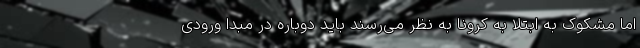
اما مشکوک به ابتلا به کرونا به نظر می‌رسند باید دوباره در مبدا ورودی